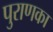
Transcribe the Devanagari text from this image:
पुराणका